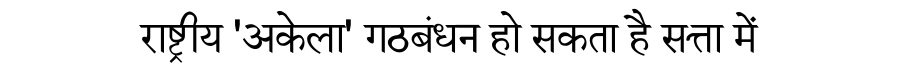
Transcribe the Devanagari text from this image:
राष्ट्रीय 'अकेला' गठबंधन हो सकता है सत्ता में